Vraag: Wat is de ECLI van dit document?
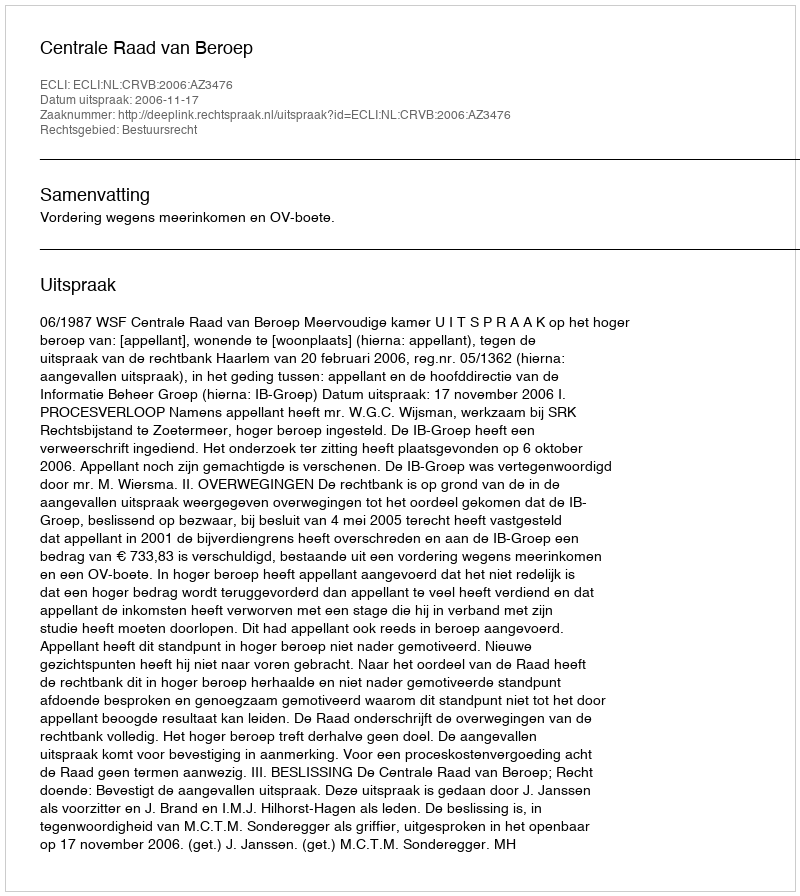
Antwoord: ECLI:NL:CRVB:2006:AZ3476